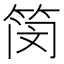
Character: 𫂃